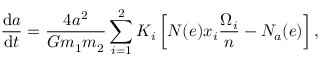
\frac { \mathrm { d } a } { \mathrm { d } t } = \frac { 4 a ^ { 2 } } { G m _ { 1 } m _ { 2 } } \sum _ { i = 1 } ^ { 2 } K _ { i } \left[ N ( e ) x _ { i } \frac { \Omega _ { i } } { n } - N _ { a } ( e ) \right] ,